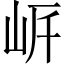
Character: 𡶨